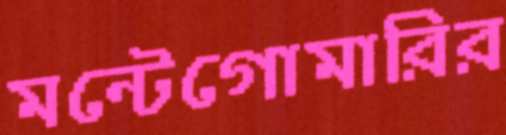
মন্টেগোমারির